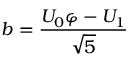
b = { \frac { U _ { 0 } \varphi - U _ { 1 } } { \sqrt { 5 } } }